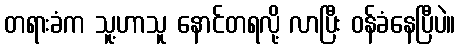
တရားခံက သူ့ဟာသူ နောင်တရလို့ လာပြီး ဝန်ခံနေပြီပဲ။